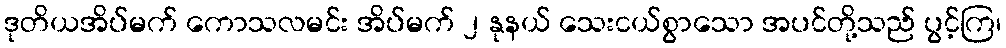
ဒုတိယအိပ်မက် ကောသလမင်း အိပ်မက် ၂ နုနယ် သေးငယ်စွာသော အပင်တို့သည် ပွင့်ကြ၊